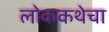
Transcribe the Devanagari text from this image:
लोककथेचा